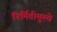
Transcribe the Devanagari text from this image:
निर्मितीमूल्ये